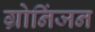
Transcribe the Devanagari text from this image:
ग्रोनिंजन